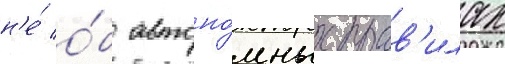
н'е́ о́б автоно́мных прав'илах